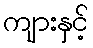
ကျားနှင့်